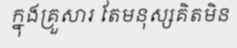
ក្នុងគ្រួសារ តែមនុស្សគិតមិន